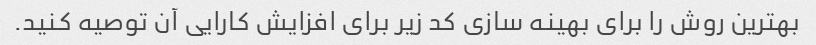
بهترین روش را برای بهینه سازی کد زیر برای افزایش کارایی آن توصیه کنید.